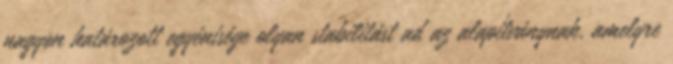
nagyon határozott egyénisége olyan stabilitást ad az alapítványnak, amelyre